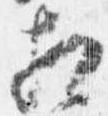
相